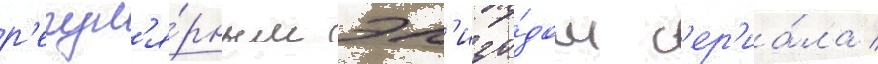
р'егул'я́рным эп'изо́дом с'ер'иа́ла /